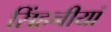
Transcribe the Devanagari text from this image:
सिंहनीयां